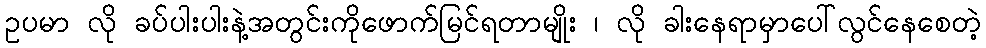
ဥပမာ လို ခပ်ပါးပါးနဲ့အတွင်းကိုဖောက်မြင်ရတာမျိုး ၊ လို ခါးနေရာမှာပေါ်လွင်နေစေတဲ့